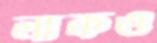
লাকও